Vaccination in Burma 1900-1911 - 1900-1911
Year: 1900
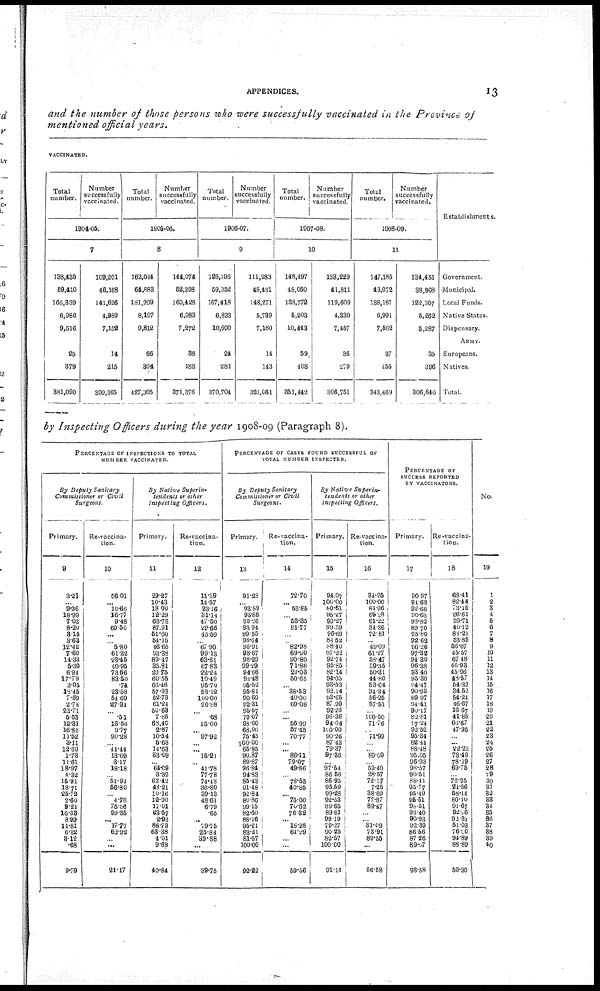
APPENDICES.
13
and the number of those persons who were successfully vaccinated in the Province of
mentioned official years.
VACCINATED.
Total
number.
Number
successfully
vaccinated.
1904-05
7
138,435
59,410
166,339
6,986
9,516
25
879
381,090
109,201
46,168
141,626
4,989
7,152
14
215
309,365
Total
number.
Number
successfully
vaccinated.
1905-06.
8
162,044
64,883
181,999
8,197
9,812
66
304
427,305
144,074
52,398
160,428
6,983
7,272
38
183
371,376
Total
number.
Number
successfully
vaccinated.
1906-07.
9
126,106
59,352
167,418
6,833
10,690
24
281
370,704
111,283
48,431
148,271
5,739
7,180
14
143
321,061
Total
number.
Number
successfully
vaccinated.
1907-08.
10
148,497
48,060
138,772
5,203
10,443
59
408
351,442
133,229
41,811
119,609
4,330
7,457
36
279
306,751
Total
number.
Number
successfully
vaccinated.
1908-09.
11
147,185
43,072
138,167
6,991
7,562
37
455
343,469
134,451
38,908
122,307
5,262
5,287
35
396
306,646
Establishments.
Government.
Municipal.
Local Funds.
Native States.
Dispensary.
ARMY.
Europeans.
Natives.
Total.
by Inspecting Officers during the year 1908-09 (Paragraph 8).
PERCENTAGE OF INSPECTIONS TO TOTAL
NUMBER VACCINATED.
By Deputy Sanitary
Commissioner or Civil
Surgeons.
Primary.
9
3.21
...
9.36
18.99
7.03
8.20
3.15
3.63
12.42
7.60
14.33
5.30
6.94
17.79
3.05
18.45
7.69
2.74
23.71
5.53
12.31
16.88
11.52
3.11
12.69
1.73
11.61
18.97
4.32
15.91
18.71
25.72
2.60
9.21
16.38
8.99
11.81
6.32
3.12
.68
9.79
Re-vaccina-
tion.
10
56.01
... 10.66
16.77
9.48
69.60
...
...
5.80
61.32
23.45
40.95
73.56
83.50
.74
23.58
54.69
27.34
...
.51
13.56
9.77
90.28
...
44.44
13.69
3.17
18.18
...
51.94
56.80
... 4.78
75.38
99.35
... 17.77
62.92
...
...
21.17
By Native Superin-
tendents or other
Inspecting
Officers.
Primary.
11
29.27
10.43
18.00
12.29
68.78
87.91
51.60
54.15
46.65
93.38
89.47
35.81
29.75
60.55
66.46
57.93
52.73
61.24
50.63
7.85
63.40
2.87
10.54
5.63
14.63
33.09
... 64.09
3.32
62.42
48.21
10.16
12.90
11.01
63.57
2.93
86.73
62.38
4.01
9.68
40.84
Re-vaccina-
tion.
12
11.39
14.57
23.16
31.14
47.50
29.66
45.59
...
67.90
99.13
63.61
67.83
22.24
10.49
95.70
53.12
100.00
26.88
...
.68
15.00
...
97.92
... ... 15.21
...
41.78
77.78
74.48
36.80
39.13
48.61
6.79
.65
... 79.75
25.84
39.88
...
39.75
PERCENTAGE OF CASES FOUND SUCCESSFUL OF
TOTAL NUMBER INSPECTED.
By Deputy Sanitary
Commissioner or Civil
Surgeons.
Primary.
13
91.28
... 93.89
93.88
98.26
93.94
99.55
98.64
96.91
98.67
98.29
99.29
94.66
93.48
95.52
95.81
90.69
92.31
95.57
79.07
93.60
68.00
75.45
100.00
65.85
90.87
89.87
96.84
94.83
85.43
91.48
92.84
80.86
99.15
82.60
88.16
95.21
83.21
81.57
100.00
92.22
Re-vaccina-
tion.
14
72.70
... 53.85
...
53.35
81.77
...
...
82.98
69.90
90.80
71.86
29.03
50.65
... 38.53
40.00
69.08
... ... 56.99
57.45
70.77
... ... 86.11
79.07
49.86
...
78.55
40.85
... 75.00
70.62
76.32
... 16.28
64.29
...
...
59.56
By Native
Superin-
tendents or other
Inspecting Officers.
Primary.
15
94.07
100.00
80.61
95.27
99.27
89.59
96.69
84.52
88.40
97.22
92.74
95.85
82.14
94.05
93.53
92.14
93.65
87.99
92.23
98.36
94.04
100.00
90.26
87.43
79.37
97.86
...
97.51
86.56
86.95
95.59
99.28
92.53
89.65
89.61
99.19
79.27
90.25
82.57
100.00
91.14
Re-vaccina-
tion.
16
34.25
100.00
81.96
69.23
61.22
34.36
72.81
... 49.09
61.27
58.47
59.35
50.31
44.80
53.64
34.34
56.25
57.51
... 100.00
71.76
... 71.99
...
... 80.00
... 59.40
28.57
72.17
7.25
38.89
77.87
89.47
...
... 31.09
73.91
89.55
...
56.58
PERCENTAGE OF
SUCCESS REPORTED
BY VACCINATORS.
Primary.
17
90.97
91.68
92.68
90.63
98.82
89.70
95.80
92.62
96.26
97.32
94.30
96.38
93.40
95.30
94.47
90.93
89.97
94.41
90.17
82.81
97.24
92.52
95.34
82.44
88.48
95.05
96.93
98.57
90.51
88.41
95.77
95.49
95.51
98.51
93.40
90.93
92.39
86.56
87.26
89.07
93.58
Re-vaccina-
tion.
18
68.41
82.44
73.15
26.61
59.71
40.12
88.21
53.85
56.07
45.57
67.48
46.93
45.96
48.57
54.32
34.52
54.24
46.67
16.67
41.85
66.67
47.95
... ... 22.22
73.49
78.19
69.75
... 72.25
24.56
58.14
80.10
91.67
92.06
92.37
51.03
76.00
94.89
88.89
59.30
No.
19
1
2
3
4
5
6
7
8
9
10
11
12
13
14
15
16
17
18
19
20
21
22
23
24
25
26
27
28
29
30
31
32
33
34
35
36
37
38
39
40